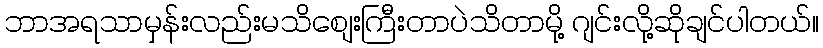
ဘာအရသာမှန်းလည်းမသိစျေးကြီးတာပဲသိတာမို့ ဂျင်းလို့ဆိုချင်ပါတယ်။